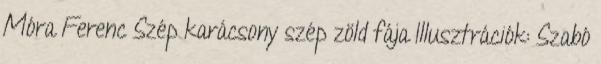
Móra Ferenc Szép karácsony szép zöld fája Illusztrációk: Szabó